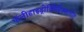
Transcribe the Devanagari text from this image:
पॉलीहाइड्रोक्सिहेक्सानोट